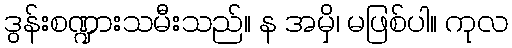
ဒွန်းစဏ္ဍားသမီးသည်။ န အမှိ၊ မဖြစ်ပါ။ ကုလ